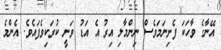
އޭނާގެ ވާހަކަ ފެށިނަމަވެސް ނިންމާލި އިރު އެ އަޑު ވަނީ ކުރަކިވެފައެވެ. އެންމެ